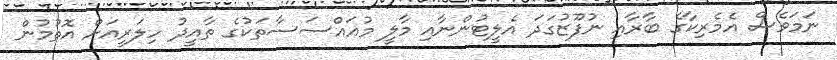
ނަމަވެސް އެމެރިކާގެ ބާރާއި ނުފޫޒުގަދަ އެލީޓުންނާއި މާލީ މުއައްސަސާތަކުގެ ތާއީދު ހިލަރީއަށް އޮތުމުން